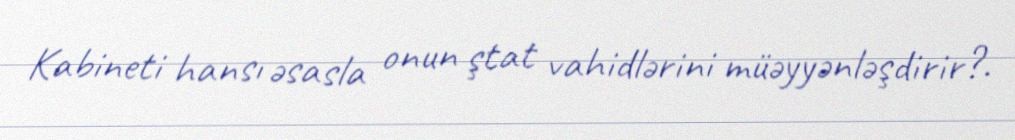
Kabineti hansı əsasla onun ştat vahidlərini müəyyənləşdirir?.